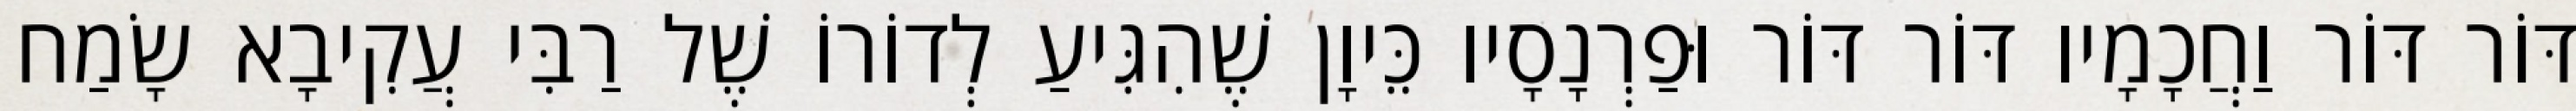
דּוֹר דּוֹר וַחֲכָמָיו דּוֹר דּוֹר וּפַרְנָסָיו כֵּיוָן שֶׁהִגִּיעַ לְדוֹרוֹ שֶׁל רַבִּי עֲקִיבָא שָׂמַח